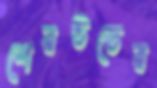
শেরউডের